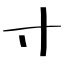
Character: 寸